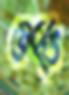
উক্তি